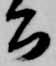
公